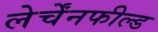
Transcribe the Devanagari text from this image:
लेर्चेंनफील्ड